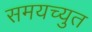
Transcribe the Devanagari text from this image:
समयच्युत